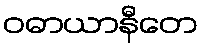
ဝဓာယာနီတေ